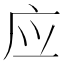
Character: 应